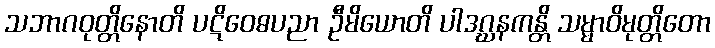
သဘာဂဝုတ္တိနောတိ ပဋိဝေဓပညာ ဦမိယောတိ ပါဒဂ္ဃနကန္တိ သမ္မာဝိမုတ္တိတော